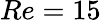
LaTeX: Re=15